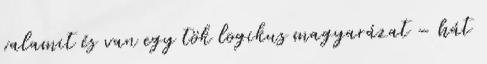
valamit és van egy tök logikus magyarázat – hát